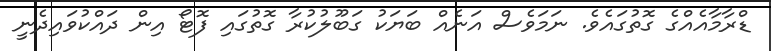
ޑްރާމާއެއްގެ ގޮތުގައެވެ. ނަމަވެސް އަނެއް ބަޔަކު ގަބޫލުކުރާ ގޮތުގައި ފޮޓޯ އިން ދަައްކުވައިދެނީ